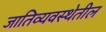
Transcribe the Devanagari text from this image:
जातिव्यवस्थेतील